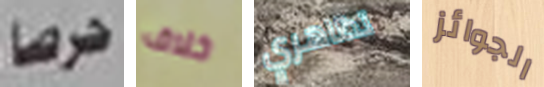
حرصا خلاف تظاهري الجوائز